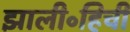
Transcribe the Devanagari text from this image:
झाली॰हिची